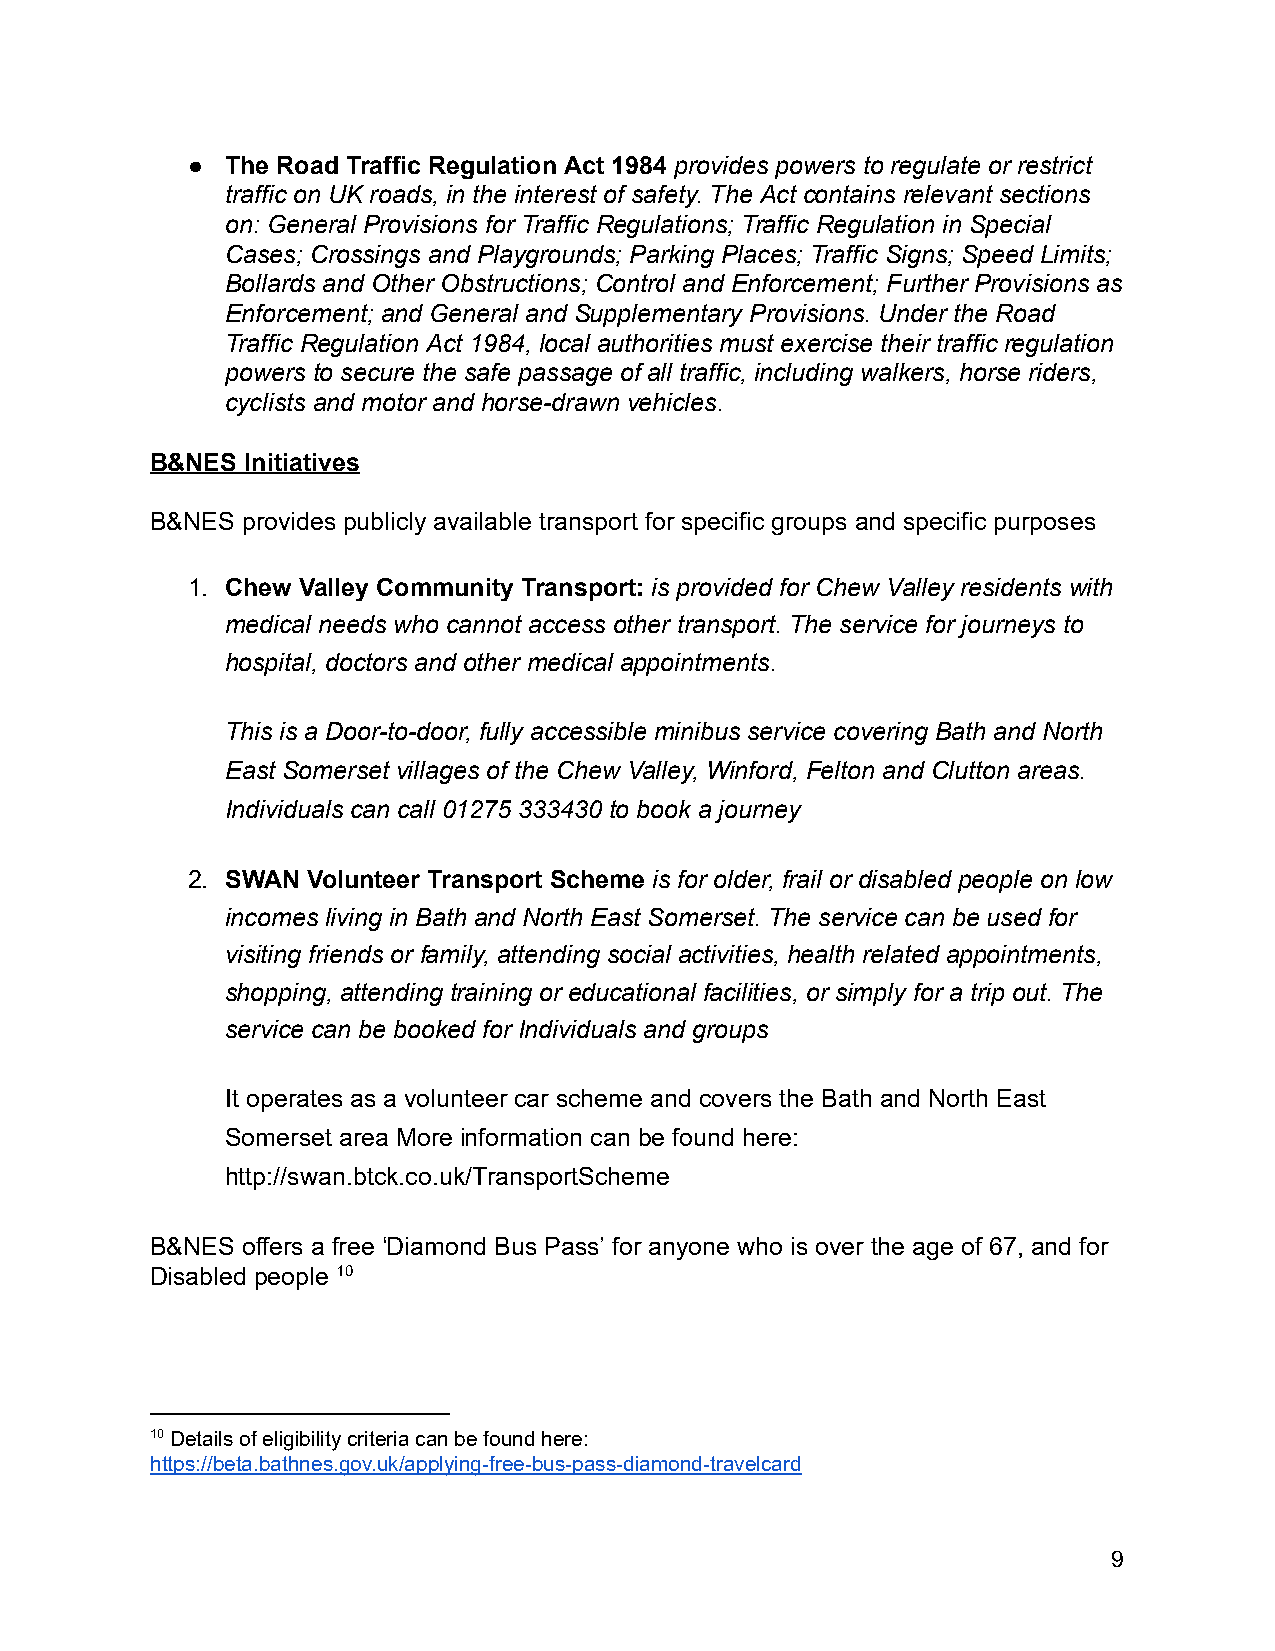
●  The Road Traffic Regulation Act 1984 provides powers to regulate or restrict
 traffic on UK roads, in the interest of safety. The Act contains relevant sections
 on: General Provisions for Traffic Regulations; Traffic Regulation in Special
 Cases; Crossings and Playgrounds; Parking Places; Traffic Signs; Speed Limits;
 Bollards and Other Obstructions; Control and Enforcement; Further Provisions as
 Enforcement; and General and Supplementary Provisions. Under the Road
 Traffic Regulation Act 1984, local authorities must exercise their traffic regulation
 powers to secure the safe passage of all traffic, including walkers, horse riders,
 cyclists and motor and horse-drawn vehicles.
 B&NES Initiatives
 B&NES provides publicly available transport for specific groups and specific purposes
 1. Chew Valley Community Transport: i s provided for Chew Valley residents with
 medical needs who cannot access other transport. The service for journeys to
 hospital, doctors and other medical appointments.
 This is a Door-to-door, fully accessible minibus service covering Bath and North
 East Somerset villages of the Chew Valley, Winford, Felton and Clutton areas.
 Individuals can call 0 1275 333430 t o book a journey
 2. SWAN Volunteer Transport Scheme i s for older, frail or disabled people on low
 incomes living in Bath and North East Somerset. The service can be used for
 visiting friends or family, attending social activities, health related appointments,
 shopping, attending training or educational facilities, or simply for a trip out. The
 service can be booked for Individuals and groups
 It operates as a volunteer car scheme and covers the Bath and North East
 Somerset area More information can be found here:
 http://swan.btck.co.uk/TransportScheme
 B&NES offers a free ‘Diamond Bus Pass’ for anyone who is over the age of 67, and for
 Disabled people 1 0
 10 Details of eligibility criteria can be found here:
 https://beta.bathnes.gov.uk/applying-free-bus-pass-diamond-travelcard
 9